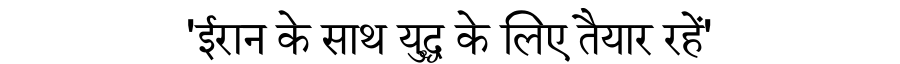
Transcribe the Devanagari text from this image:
'ईरान के साथ युद्ध के लिए तैयार रहें'